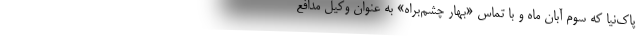
پاك‌نيا كه سوم آبان ‌ماه و با تماس «بهار چشم‌براه» به عنوان وكيل مدافع